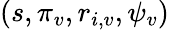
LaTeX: (s,\pi_{v},r_{i,v},\psi_{v})